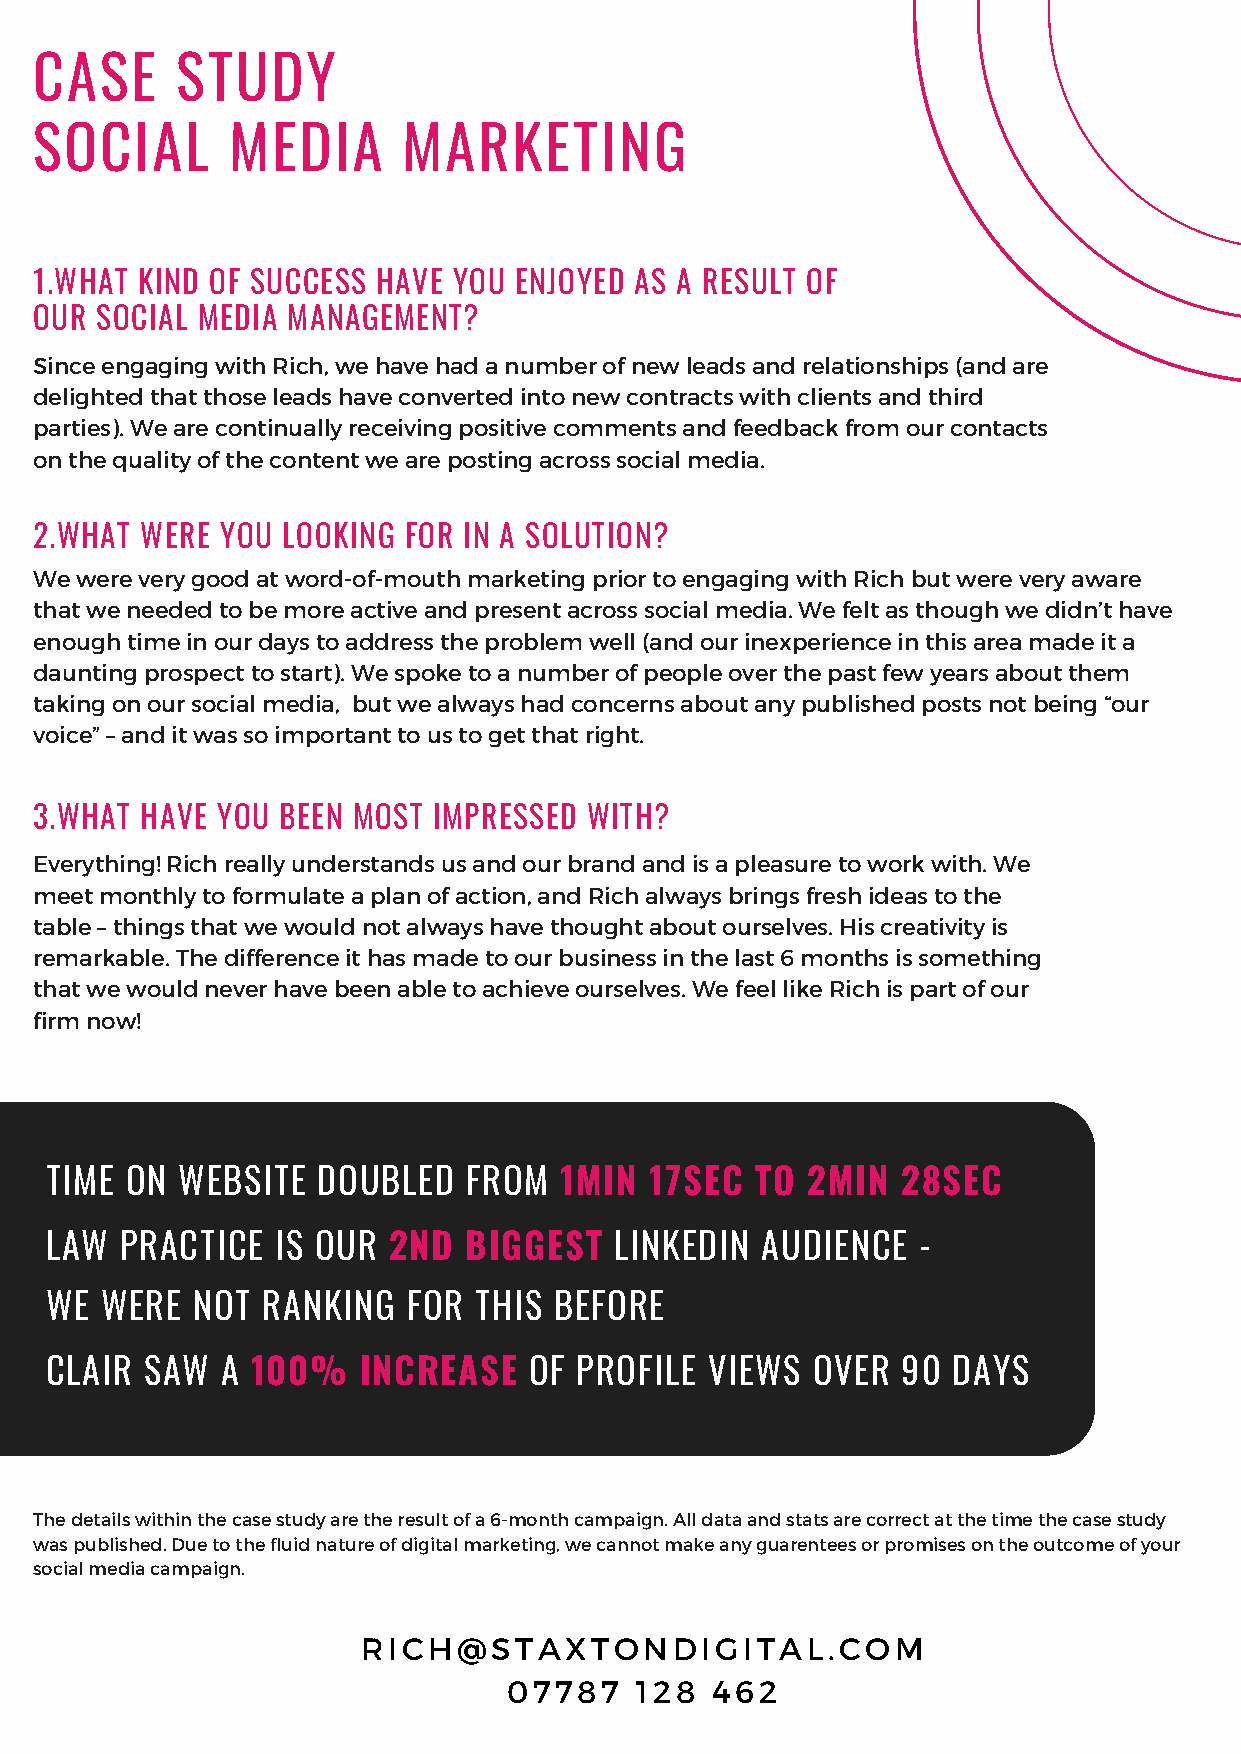
CASE      STUDY
 SOCIAL       MEDIA       MARKETING
 1.WHAT KIND OF SUCCESS HAVE YOU ENJOYED AS A RESULT OF
 OUR SOCIAL MEDIA MANAGEMENT?
 Since engaging with Rich, we have had a number of new leads and relationships (and are
 delighted that those leads have converted into new contracts with clients and third
 01
 parties). We are continually receiving positive comments and feedback from our contacts
 on the quality of the content we are posting across social media.
 2.WHAT WERE  YOU LOOKING FOR IN A SOLUTION?
 We were very good at word-of-mouth marketing prior to engaging with Rich but were very aware
 that we needed to be more active and present across social media. We felt as though we didn’t have
 enough time in our days to address the problem well (and our inexperience in this area made it a
 daunting prospect to start). We spoke to a number of people over the past few years about them
 taking on our social media, but we always had concerns about any published posts not being “our
 voice” – and it was so important to us to get that right.
 3.WHAT HAVE YOU BEEN MOST  IMPRESSED WITH?
 Everything! Rich really understands us and our brand and is a pleasure to work with. We
 meet monthly to formulate a plan of action, and Rich always brings fresh ideas to the
 table – things that we would not always have thought about ourselves. His creativity is
 remarkable. The difference it has made to our business in the last 6 months is something
 that we would never have been able to achieve ourselves. We feel like Rich is part of our
 firm now!
 TIME ON  WEBSITE  DOUBLED   FROM  1MIN  17SEC  TO 2MIN   28SEC
 LAW  PRACTICE  IS OUR  2ND  BIGGEST   LINKEDIN AUDIENCE   -
 WE  WERE  NOT RANKING   FOR THIS  BEFORE
 CLAIR  SAW  A 100%   INCREASE   OF PROFILE  VIEWS  OVER  90 DAYS
 The details within the case study are the result of a 6-month campaign. All data and stats are correct at the time the case study
 was published. Due to the fluid nature of digital marketing, we cannot make any guarentees or promises on the outcome of your
 social media campaign.
 RICH@STAXTONDIGITAL.COM
 07787   128  462